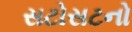
સટોસટનો